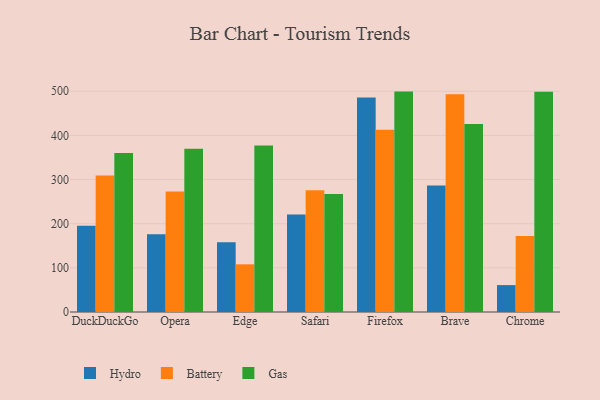
{"axis": {"x": "Browser", "y": "Customer Acquisition Cost (USD)"}, "legend": ["Battery", "Gas", "Hydro"], "data": [{"x": "DuckDuckGo", "y": 195.3, "type": "Hydro"}, {"x": "DuckDuckGo", "y": 309.4, "type": "Battery"}, {"x": "DuckDuckGo", "y": 360.1, "type": "Gas"}, {"x": "Opera", "y": 176.1, "type": "Hydro"}, {"x": "Opera", "y": 273.1, "type": "Battery"}, {"x": "Opera", "y": 370.0, "type": "Gas"}, {"x": "Edge", "y": 157.9, "type": "Hydro"}, {"x": "Edge", "y": 108.0, "type": "Battery"}, {"x": "Edge", "y": 376.9, "type": "Gas"}, {"x": "Safari", "y": 221.0, "type": "Hydro"}, {"x": "Safari", "y": 275.9, "type": "Battery"}, {"x": "Safari", "y": 267.3, "type": "Gas"}, {"x": "Firefox", "y": 485.6, "type": "Hydro"}, {"x": "Firefox", "y": 412.7, "type": "Battery"}, {"x": "Firefox", "y": 499.2, "type": "Gas"}, {"x": "Brave", "y": 286.8, "type": "Hydro"}, {"x": "Brave", "y": 493.1, "type": "Battery"}, {"x": "Brave", "y": 425.7, "type": "Gas"}, {"x": "Chrome", "y": 60.9, "type": "Hydro"}, {"x": "Chrome", "y": 171.9, "type": "Battery"}, {"x": "Chrome", "y": 498.8, "type": "Gas"}]}